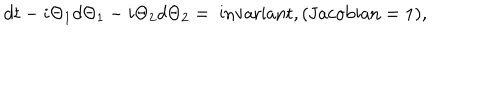
d t - i \Theta _ { 1 } d \Theta _ { 1 } - i \Theta _ { 2 } d \Theta _ { 2 } = \mathrm { ~ i n v a r i a n t } , ( \mathrm { J a c o b i a n } = 1 ) ,